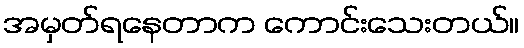
အမှတ်ရနေတာက ကောင်းသေးတယ်။